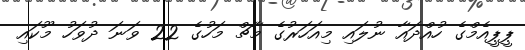
ޕީޕީއެމްގެ ހުއްދައާ ނުލައި މިއަހަރުގެ މާޗް މަހުގެ 22 ވަނަ ދުވަހު މޫކައި